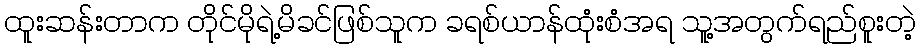
ထူးဆန်းတာက တိုင်မိုရဲ့မိခင်ဖြစ်သူက ခရစ်ယာန်ထုံးစံအရ သူ့အတွက်ရည်စူးတဲ့